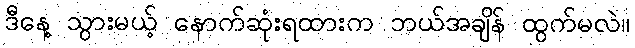
ဒီနေ့ သွားမယ့် နောက်ဆုံးရထားက ဘယ်အချိန် ထွက်မလဲ။